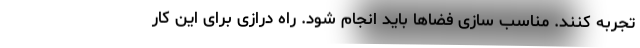
تجربه کنند. مناسب سازی فضاها باید انجام شود. راه درازی برای این کار